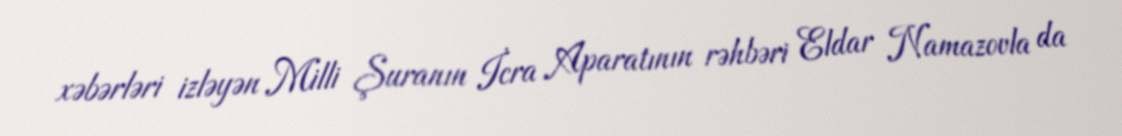
xəbərləri izləyən Milli Şuranın İcra Aparatının rəhbəri Eldar Namazovla da